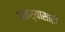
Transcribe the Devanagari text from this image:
बकर्‍यासाठी